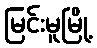
မြင်းမူမြို့